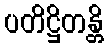
ပတိဋ္ဌိတန္တိ